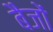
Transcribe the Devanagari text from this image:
बैजों